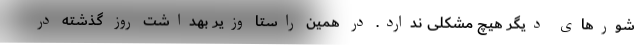
شورهای دیگر هیچ مشکلی ندارد. در همین راستا وزیر بهداشت روز گذشته در